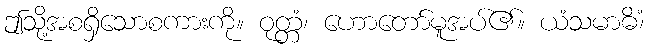
ဤသို့အစရှိသောစကားကို။ ဝုတ္တံ၊ ဟောတော်မူအပ်၏။ ယံသမာဓိံ၊